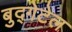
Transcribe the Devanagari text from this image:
बुद्गेटेल